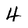
Character: 4